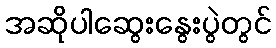
အဆိုပါဆွေးနွေးပွဲတွင်